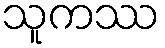
သူကဿ